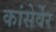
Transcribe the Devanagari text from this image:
कांसेर्वेर